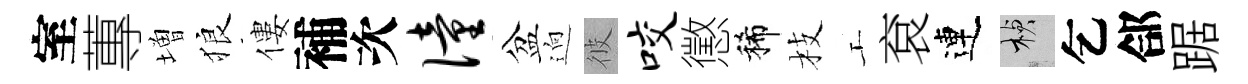
室蓴増狼僂補次僮盆逈彼咬懲稀枝工袞連楨乞郃踞